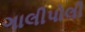
ગાલીપોલી